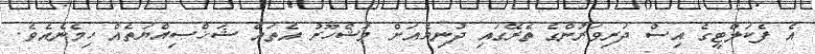
އެ ފެކަލްޓީގެ އިސް ދަރިވަރުންގެ ތެރޭގައި ދުނިޔެއަށް މަޝްހޫރު އެތައް ޝަޚްޞިއްޔަތެއް ހިމެނެއެވެ.